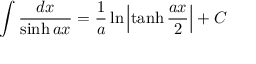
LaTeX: \int { \frac { d x } { \sinh a x } } = { \frac { 1 } { a } } \ln \left| \operatorname { t a n h } { \frac { a x } { 2 } } \right| + C